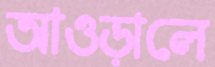
আওড়ালে